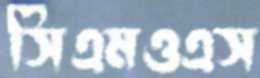
সিএমওএস